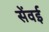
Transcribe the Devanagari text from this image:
सेंवई